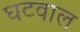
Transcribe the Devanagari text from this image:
घटवाल